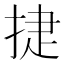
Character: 𭡈